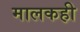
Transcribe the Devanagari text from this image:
मालकही